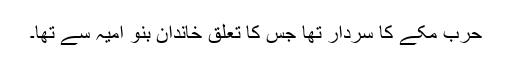
حرب مکے کا سردار تھا جس کا تعلق خاندانِ بنو اُمیہ سے تھا۔